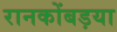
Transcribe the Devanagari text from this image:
रानकोंबड़या